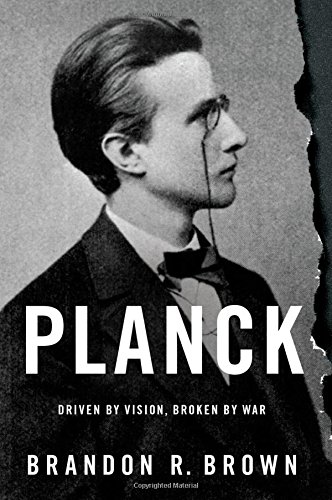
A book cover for Planck: Driven by Vision, Broken by War; Brandon R. Brown; Biographies & Memoirs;